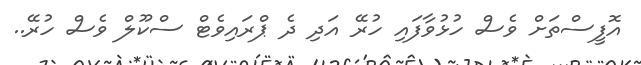
އޮފީސްތަށް ވެސް ހުޅުވާފައި ހުރޭ އަދި ދެ ޕްރައިވެޓް ސްކޫލް ވެސް ހުރޭ..